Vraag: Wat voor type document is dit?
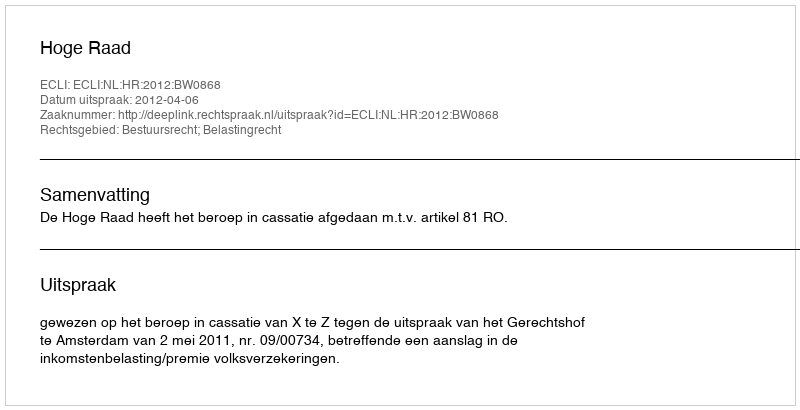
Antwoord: Uitspraak